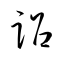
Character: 詔